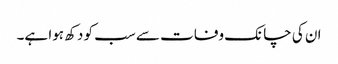
ان کی چانک وفات سے سب کو دکھ ہوا ہے۔